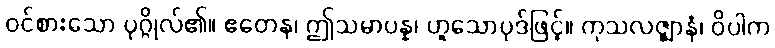
ဝင်စားသော ပုဂ္ဂိုလ်၏။ ဧတေန၊ ဤသမာပန္န၊ ဟူသောပုဒ်ဖြင့်။ ကုသလဇ္ဈာနံ၊ ဝိပါက